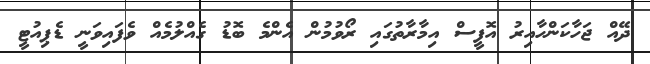
ދޭއް ޖަހާކަންހާއިރު އޮފީސް އިމާރާތުގައި ރޯވުމުން އެންމެ ބޮޑު ގެއްލުމެއް ވެފައިވަނީ ޑެޕިއުޓީ